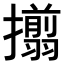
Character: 𢸄